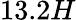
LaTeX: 13.2H